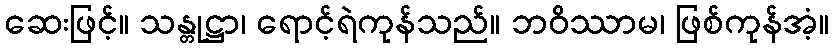
ဆေးဖြင့်။ သန္တုဋ္ဌာ၊ ရောင့်ရဲကုန်သည်။ ဘဝိဿာမ၊ ဖြစ်ကုန်အံ့။